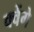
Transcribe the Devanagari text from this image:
क्वेंगे